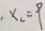
x _ { 2 } = 9